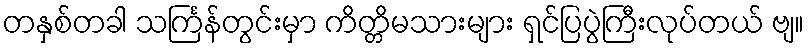
တနှစ်တခါ သင်္ကြန်တွင်းမှာ ကိတ္တိမသားများ ရှင်ပြပွဲကြီးလုပ်တယ် ဗျ။